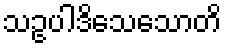
သဥပါဒိသေသောတိ